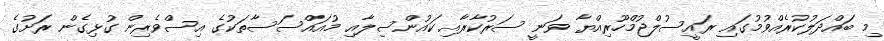
މި ބައްދަލުކުރެއްވުމުގައި ރައީސުލްޖުމްހޫރިއްޔާ ވަނީ ސަރުކާރާއި ކައުންސިލާއި މުއައްސަސާތަކުގެ އިސްވެރިން ގުޅިގެން ރަށުގެ